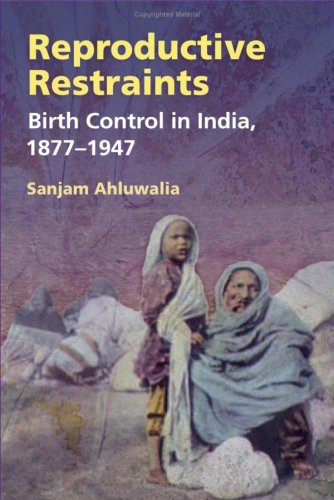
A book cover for Reproductive Restraints: Birth Control in India, 1877-1947; Sanjam Ahluwalia; Politics & Social Sciences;